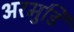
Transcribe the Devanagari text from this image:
अरमुडि